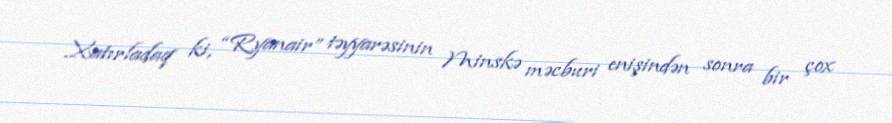
Xatırladaq ki, “Ryanair” təyyarəsinin Minskə məcburi enişindən sonra bir çox